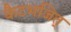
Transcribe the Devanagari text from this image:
कैटभजित्